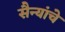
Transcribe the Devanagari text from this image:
सैन्यांचे